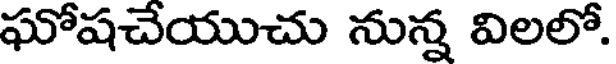
ఘోషచేయుచు నున్న విలలో.